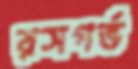
রসগর্ভ